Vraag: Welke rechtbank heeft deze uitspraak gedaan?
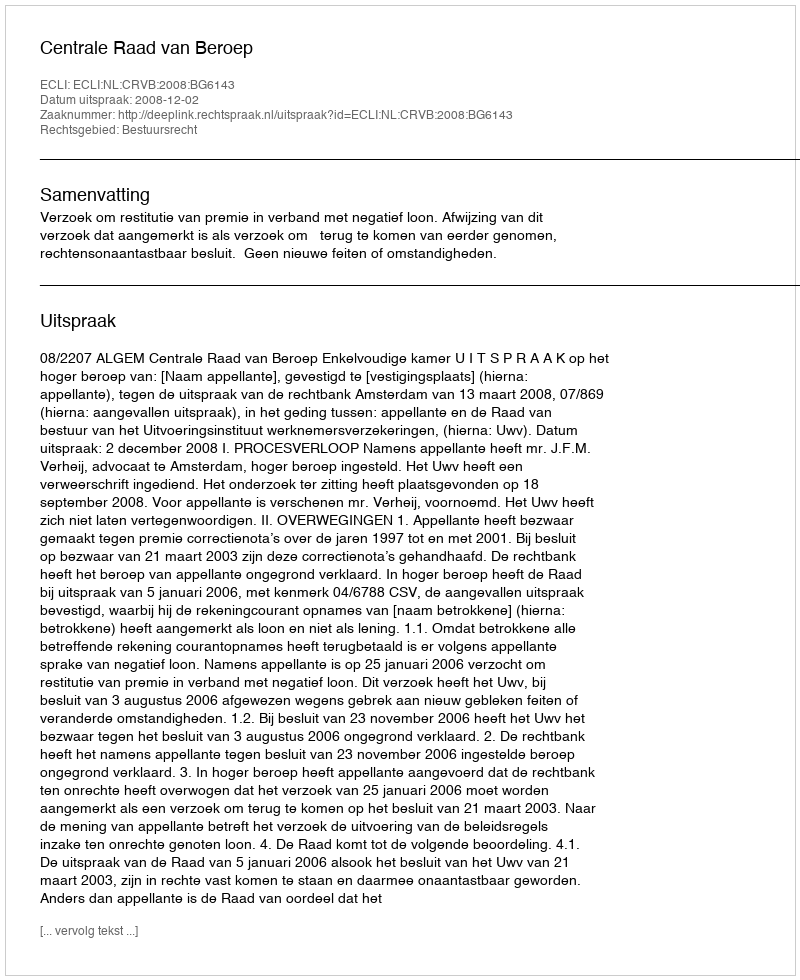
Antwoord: Centrale Raad van Beroep